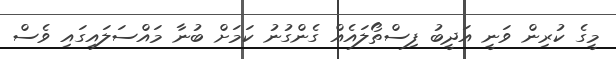
މީގެ ކުރިން ވަނީ އަދީބު ފިސްތޯލައެއް ގެންގުުނު ކަމަށް ބުނާ މައްސަލައިގައި ވެސް